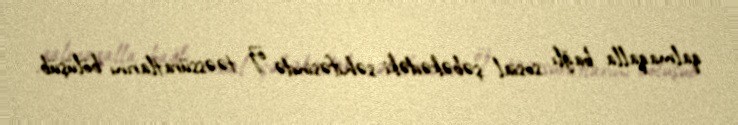
qalmaqalla bağlı sosial şəbəkədəki səhifəsində öz təəssüratlarını bölüşüb.